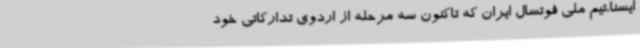
ایسنا،تیم ملی فوتسال ایران که تاکنون سه مرحله از اردوی تدارکاتی خود